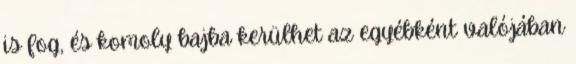
is fog, és komoly bajba kerülhet az egyébként valójában